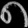
Digit: ၈